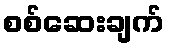
စစ်ဆေးချက်